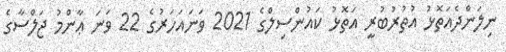
ނިލަންދެއަތޮޅު އުތުރުބުރީ އަތޮޅު ކައުންސިލްގެ 2021 ވަނައަހަރުގެ 22 ވަނަ ޢާންމު ޖަލްސާގެ